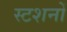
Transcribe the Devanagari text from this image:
स्टशनों